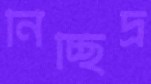
নিচ্ছিদ্র